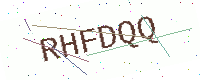
Text: RHFDQQ